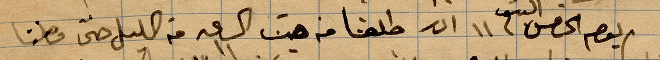
يوم الخميس ١١ آّار انطلقنا من هيت الساعة ١١ من الليل حتى وصلنا